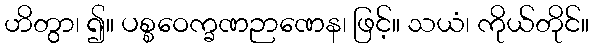
ဟိတွာ၊ ၍။ ပစ္စဝေက္ခဏဉာဏေန၊ ဖြင့်။ သယံ၊ ကိုယ်တိုင်။